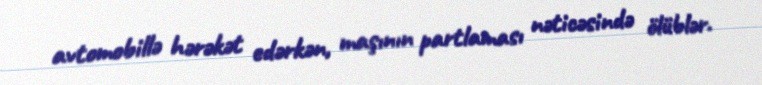
avtomobillə hərəkət edərkən, maşının partlaması nəticəsində ölüblər.